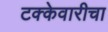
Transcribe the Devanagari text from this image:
टक्केवारीचा